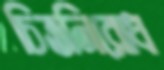
চিত্তনিরোধ